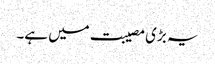
یہ بڑی مصیبت میں ہے۔